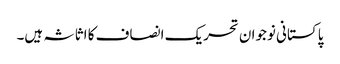
پاکستانی نوجوان تحریک انصاف کا اثاثہ ہیں۔